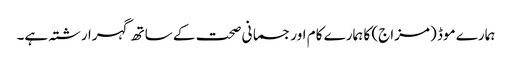
ہمارے موڈ (مزاج) کا ہمارے کام اور جسمانی صحت کے ساتھ گہرا رشتہ ہے۔